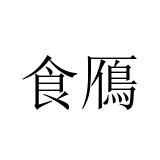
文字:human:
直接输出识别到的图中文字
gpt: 食鴈